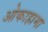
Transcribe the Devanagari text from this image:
ओकाहामा